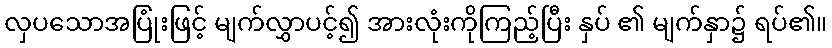
လှပသောအပြုံးဖြင့် မျက်လွှာပင့်၍ အားလုံးကိုကြည့်ပြီး နှပ် ၏ မျက်နှာ၌ ရပ်၏။